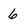
Character: 6